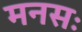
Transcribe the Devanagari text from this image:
मनसः